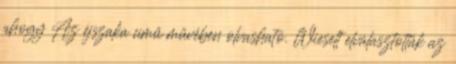
ahogy Az éjszaka című művében olvasható. Wieselt elválasztották az